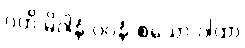
ဂတိ မိဂါနံ ပဝနံ-စသော ဂါထာ